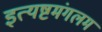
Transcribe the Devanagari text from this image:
इत्यष्टमंगलम